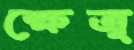
ক্ষেত্র্